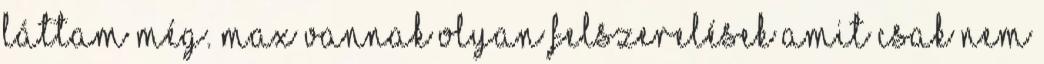
láttam még. Max vannak olyan felszerelések amit csak nem